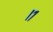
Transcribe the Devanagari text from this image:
।१